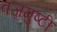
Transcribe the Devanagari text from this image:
वज्रमुष्टी